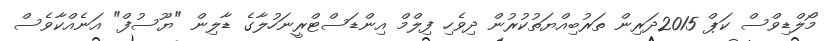
މޯލްޑިވްސް ކަޕް 2015ދަރިން ތަރުބިއްޔަތުކުރުން ދިވެހި ފިލްމް އިންޑަސްޓްރީނަހުލާގެ ޑާލިން "ޔޫސުފް" އަނެއްކާވެސް